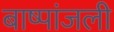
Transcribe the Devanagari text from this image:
बाष्पांजली